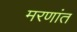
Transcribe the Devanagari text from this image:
मरणांत